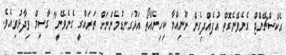
އެކްސްޗޭންޖް ގެނެވޭނެގޮތް އުފެއްދިގެން ނޫނިއްޔާ ކިހިނެއްތޯ އަޅުގަނޑުމެންނަށް ތަރައްގީ ގެނެވޭނީ" ގާސިމް ވިދާޅުވިއެވެ.